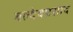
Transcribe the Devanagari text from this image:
बल्देवप्रसाद